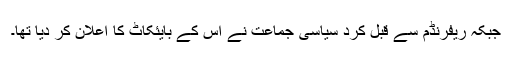
جبکہ ریفرنڈم سے قبل کرد سیاسی جماعت نے اس کے بایئکاٹ کا اعلان کر دیا تھا۔